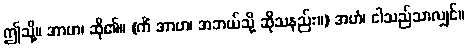
ဤသို့။ အာဟ၊ ဆို၏။ (ကိံ အာဟ၊ အဘယ်သို့ ဆိုသနည်း။) အဟံ၊ ငါသည်သာလျှင်။